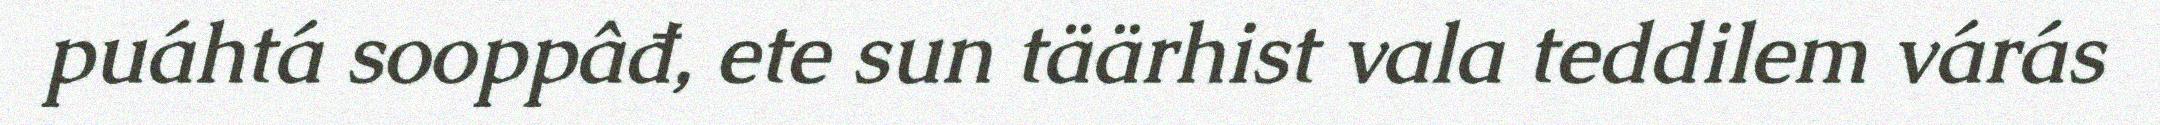
puáhtá sooppâđ, ete sun täärhist vala teddilem várás